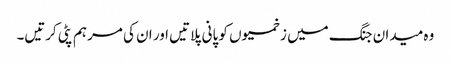
وہ میدان جنگ میں زخمیوں کو پانی پلاتیں اور ان کی مرہم پٹی کرتیں۔